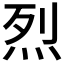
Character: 烈